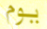
يوم